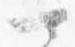
可